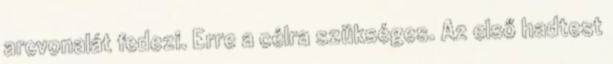
arcvonalát fedezi. Erre a célra szükséges. Az első hadtest